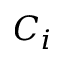
C _ { i }